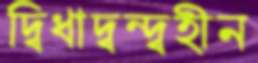
দ্বিধাদ্বন্দ্বহীন